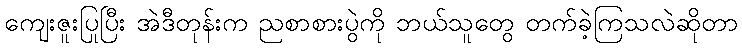
ကျေးဇူးပြုပြီး အဲဒီတုန်းက ညစာစားပွဲကို ဘယ်သူတွေ တက်ခဲ့ကြသလဲဆိုတာ